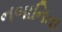
નબાનિતા